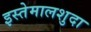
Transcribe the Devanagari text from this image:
इस्तेमालशुदा